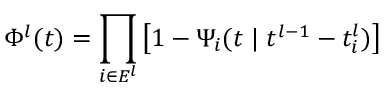
\Phi ^ { l } ( t ) = \prod _ { i \in E ^ { l } } \left[ 1 - \Psi _ { i } ( t \ensuremath { \; | \; } t ^ { l - 1 } - t _ { i } ^ { l } ) \right]